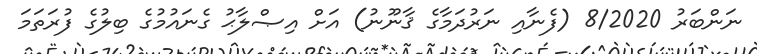
ނަންބަރު 8/2020 (ފެނާއި ނަރުދަމާގެ ޤާނޫނު) އަށް އިޞްލާޙު ގެނައުމުގެ ބިލުގެ ފުރަތަމަ